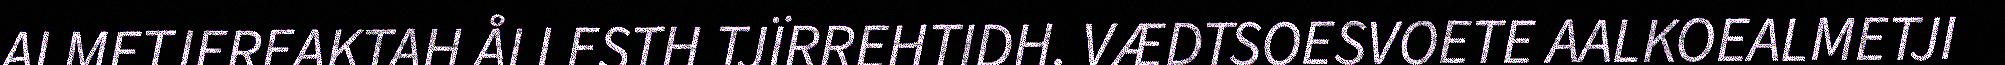
ALMETJEREAKTAH ÅLLESTH TJÏRREHTIDH. VÆDTSOESVOETE AALKOEALMETJI